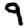
Digit: 9